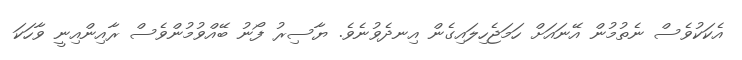
އެކަކުވެސް ނެތުމުން އޭނައަށް ހަމަޖެހިލައިގެން އިނދެވުނެވެ. ޔާސިރު ފޯނު ބޭއްވުމުންވެސް ރާއިންއިނީ ވާހަކަ